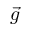
\vec { g }